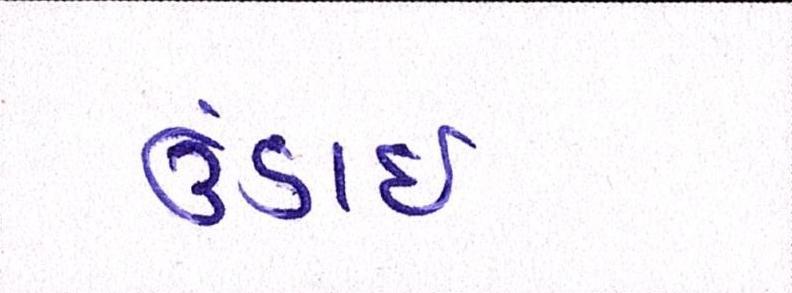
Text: ઉંડાઈ